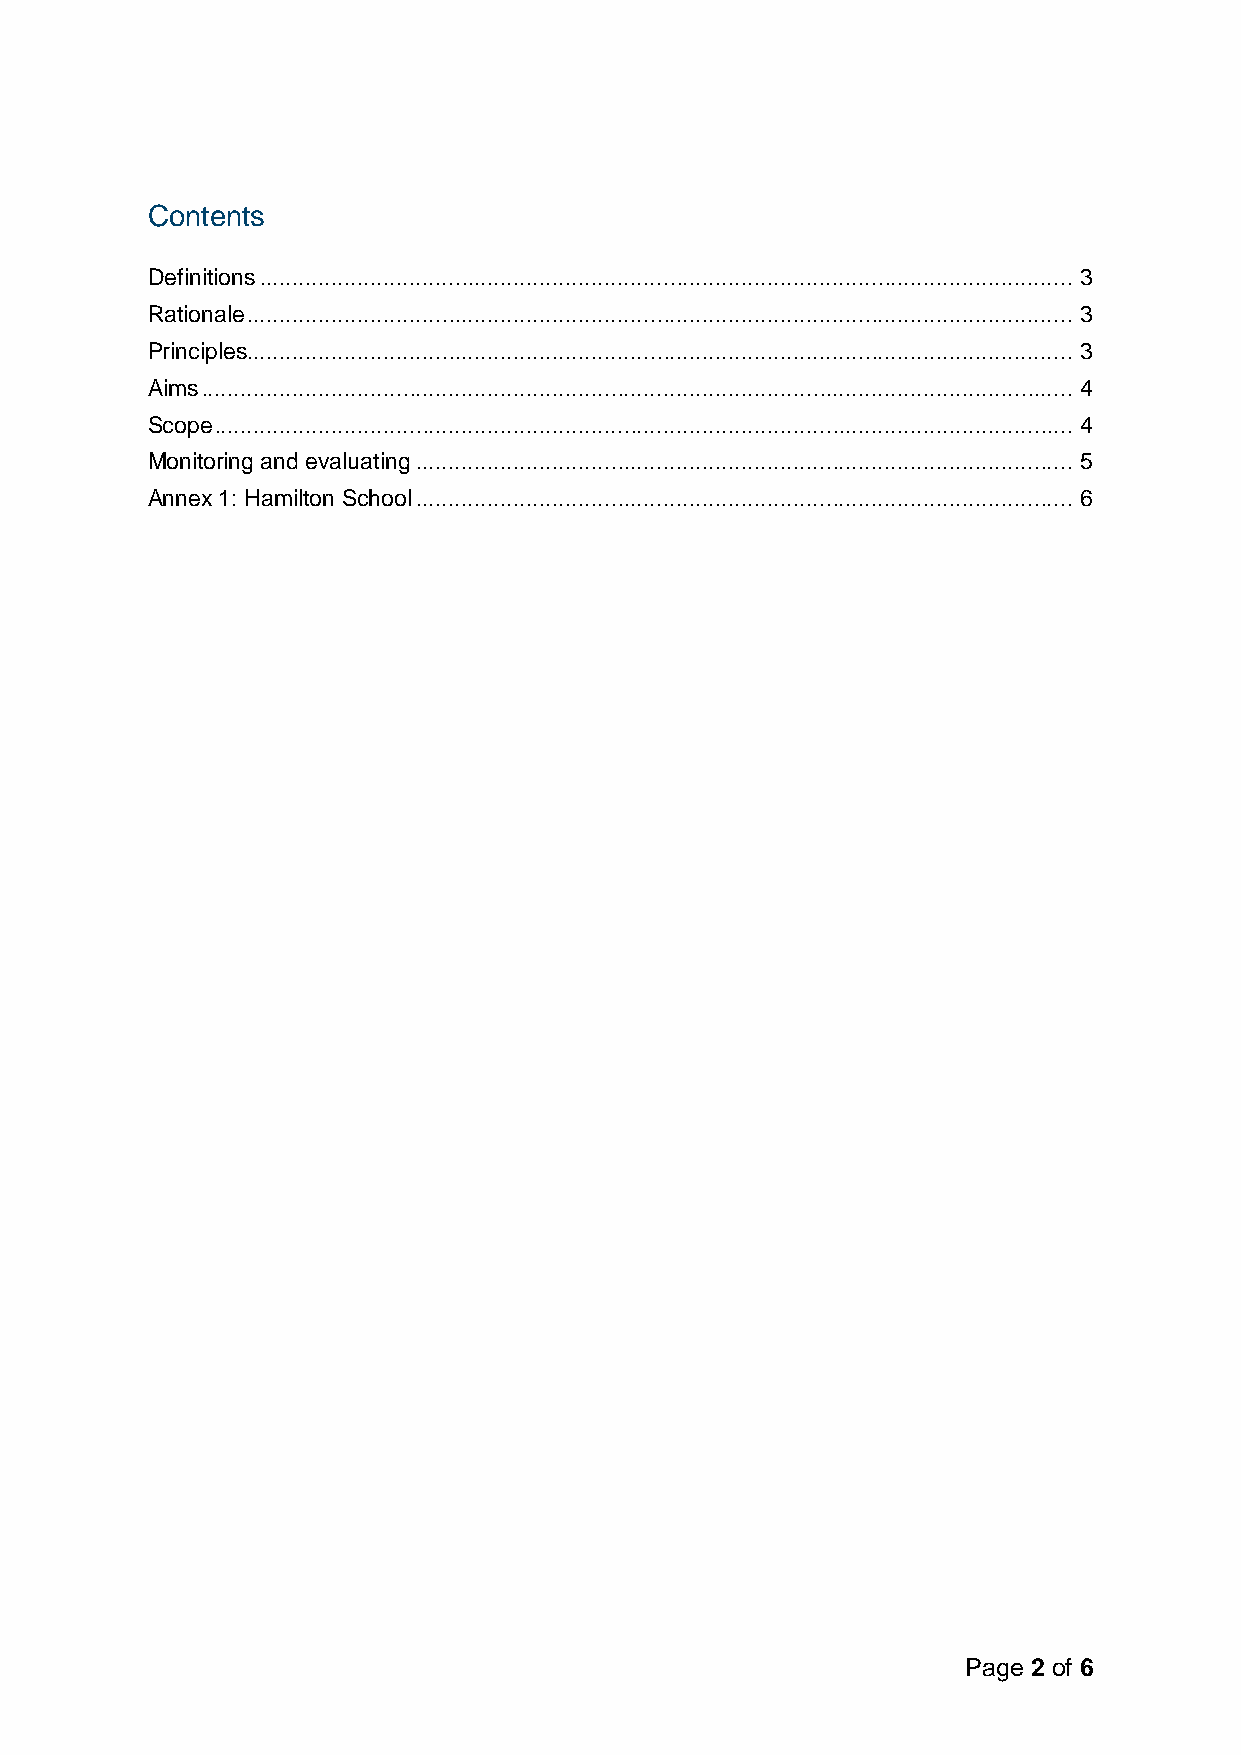
Contents
 Definitions ............................................................................................................................. 3
 Rationale ............................................................................................................................... 3
 Principles............................................................................................................................... 3
 Aims ...................................................................................................................................... 4
 Scope .................................................................................................................................... 4
 Monitoring and evaluating ..................................................................................................... 5
 Annex 1: Hamilton School ..................................................................................................... 6
 Page 2 of 6